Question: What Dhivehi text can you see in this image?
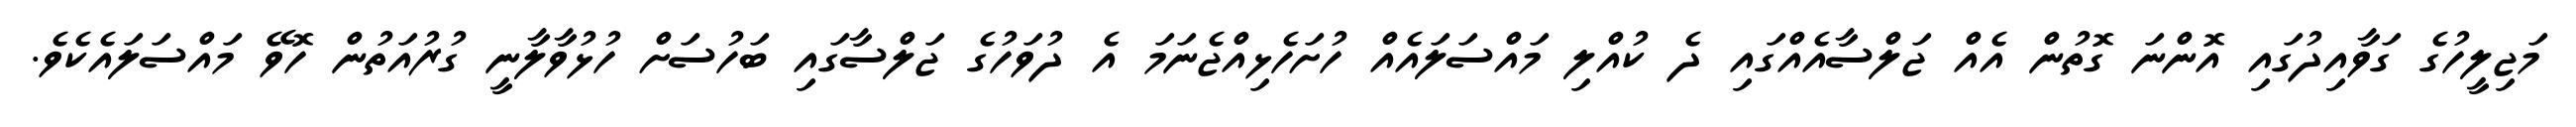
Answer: މަޖިލީހުގެ ގަވާއިދުގައި އޮންނަ ގޮތުން އެއް ޖަލްސާއެއްގައި ދެ ކުއްލި މައްސަލައެއް ހުށަހެޅިއްޖެނަމަ އެ ދުވަހުގެ ޖަލްސާގައި ބަހުސަށް ހުޅުވާލާނީ ގުރުއަތުން ހޮވޭ މައްސަލައެކެވެ.